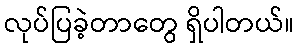
လုပ်ပြခဲ့တာတွေ ရှိပါတယ်။